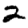
Digit: 2